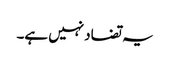
یہ تضاد نہیں ہے۔